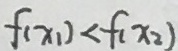
f ( x _ { 1 } ) < f ( x _ { 2 } )